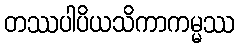
တဿပါပိယသိကာကမ္မဿ